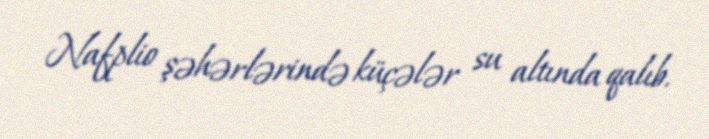
Nafplio şəhərlərində küçələr su altında qalıb.